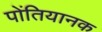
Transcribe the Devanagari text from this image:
पोंतियानक